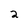
Character: 2